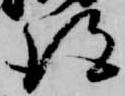
得